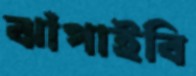
ঝাঁপাইবি